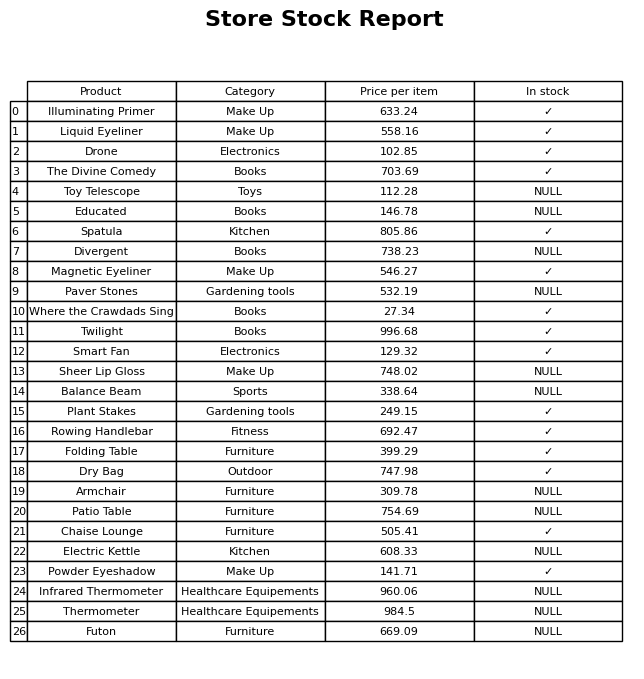
question: Is the Patio Table in stock?
answer: NULL